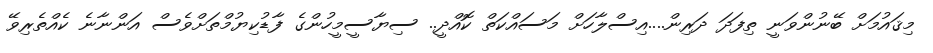
މިޤައުމަށް ބޭނުންވަނީ ތިފަދަ ދަރިން....އިސްލާހަށް މަސައްކަތް ކޮއްދީ.. ސިޔާސީމީހުންގެ ފާޑުކިޔުމްތަށްވެސް އަންނާނެ ކެއްތެރިވޭ